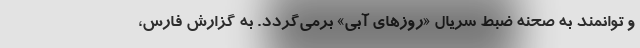
و توانمند به صحنه ضبط سریال «روزهای آبی» برمی‌گردد. به گزارش فارس،